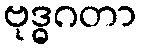
ဗုဒ္ဓဂတာ